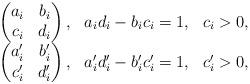
LaTeX: \begin{align*}\begin{array}{lll}\begin{pmatrix}a_i&b_i\\c_i&d_i\end{pmatrix},&a_i d_i-b_i c_i=1,&c_i>0,\\\begin{pmatrix}a'_i&b'_i\\c'_i&d'_i\end{pmatrix},&a'_i d'_i-b'_i c'_i=1,&c'_i>0,\end{array}\end{align*}